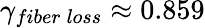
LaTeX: \gamma_{fiber\: loss}\approx 0.859